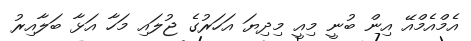
އެމްއެމްއޭ އިން ބުނީ މިއީ މިދިޔަ އަހަރުގެ ޖުލައި މަހާ އަޅާ ބަލާއިރު